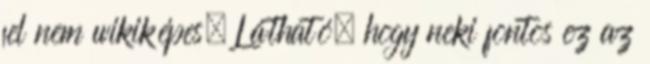
fel nem wikiképes. Látható, hogy neki fontos ez az